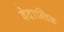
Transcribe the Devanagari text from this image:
वेदान्तिक